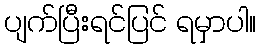
ပျက်ပြီးရင်ပြင် ရမှာပါ။